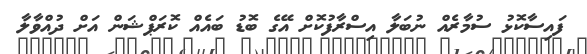
ފައިސާކޮޅު ސުމާރެއް ނުބަލާ އިސްރާފުކޮށް އޭގެ ބޮޑު ބައެއް ކޮރަޕްޝަން އަށް ދުއްވާލާ